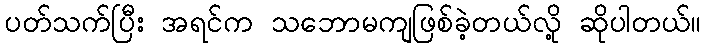
ပတ်သက်ပြီး အရင်က သဘောမကျဖြစ်ခဲ့တယ်လို့ ဆိုပါတယ်။